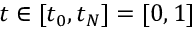
t \in [ t _ { 0 } , t _ { N } ] = [ 0 , 1 ]